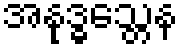
အနုဒ္ဓသ္တေန